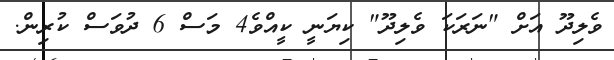
ވެލިދޫ އަށް "ނަރަކަ ވެލިދޫ" ކިޔަނީ ކީއްވެ4 މަސް 6 ދުވަސް ކުރިން.